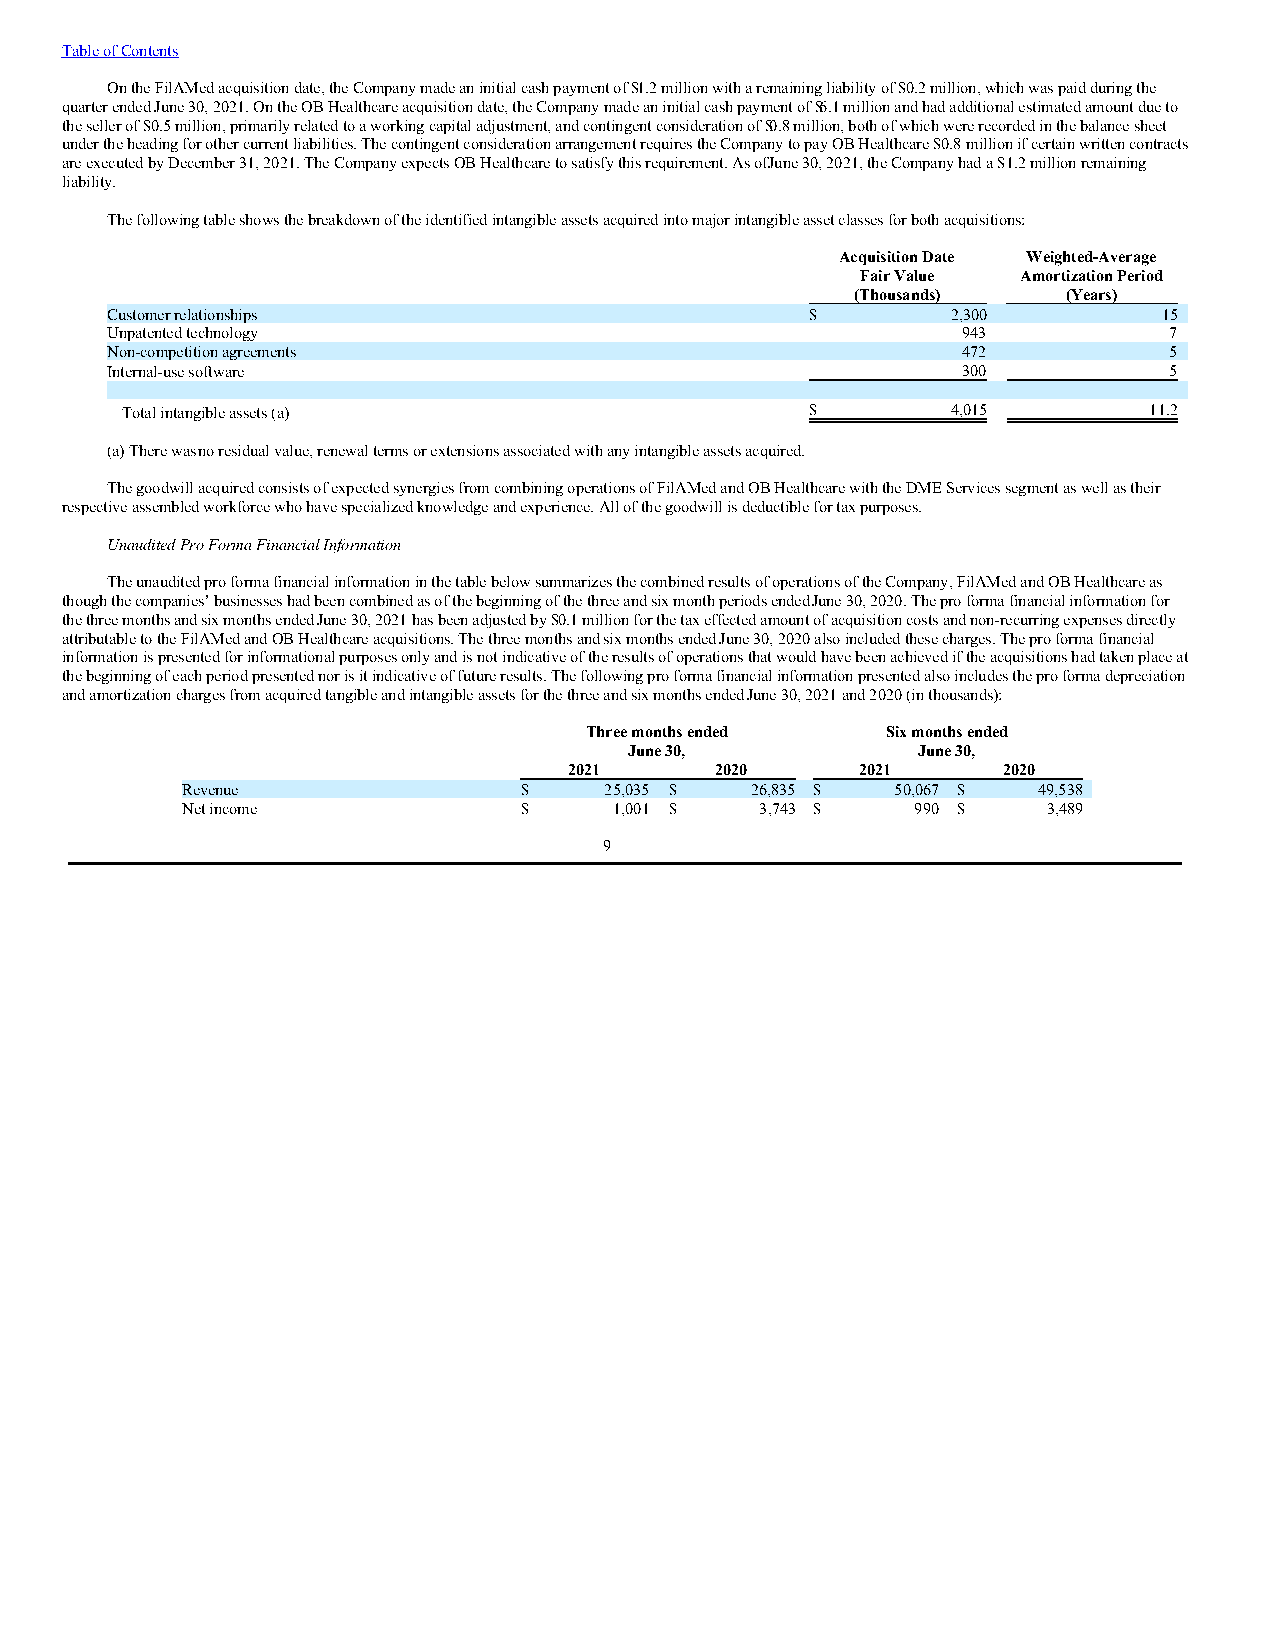
Table of Contents
 On the FilAMed acquisition date, the Company made an initial cash payment of $1.2 million with a remaining liability of $0.2 million, which was paid during the
 quarter ended June 30, 2021. On the OB Healthcare acquisition date, the Company made an initial cash payment of $6.1 million and had additional estimated amount due to
 the seller of $0.5 million, primarily related to a working capital adjustment, and contingent consideration of $0.8 million, both of which were recorded in the balance sheet
 under the heading for other current liabilities. The contingent consideration arrangement requires the Company to pay OB Healthcare $0.8 million if certain written contracts
 are executed by December 31, 2021. The Company expects OB Healthcare to satisfy this requirement. As of June 30, 2021, the Company had a $1.2 million remaining
 liability.
 The following table shows the breakdown of the identified intangible assets acquired into major intangible asset classes for both acquisitions:
 Acquisition Date Weighted-Average
 Fair Value Amortization Period
 (Thousands)   (Years)
 Customer relationships                         $        2,300         15
 Unpatented technology                                    943          7
 Non-competition agreements                               472          5
 Internal-use software                                    300          5
 Total intangible assets (a)                   $        4,015        11.2
 (a) There was no residual value, renewal terms or extensions associated with any intangible assets acquired.
 The goodwill acquired consists of expected synergies from combining operations of FilAMed and OB Healthcare with the DME Services segment as well as their
 respective assembled workforce who have specialized knowledge and experience. All of the goodwill is deductible for tax purposes.
 Unaudited Pro Forma Financial Information
 The unaudited pro forma financial information in the table below summarizes the combined results of operations of the Company, FilAMed and OB Healthcare as
 though the companies’ businesses had been combined as of the beginning of the three and six month periods ended June 30, 2020. The pro forma financial information for
 the three months and six months ended June 30, 2021 has been adjusted by $0.1 million for the tax effected amount of acquisition costs and non-recurring expenses directly
 attributable to the FilAMed and OB Healthcare acquisitions. The three months and six months ended June 30, 2020 also included these charges. The pro forma financial
 information is presented for informational purposes only and is not indicative of the results of operations that would have been achieved if the acquisitions had taken place at
 the beginning of each period presented nor is it indicative of future results. The following pro forma financial information presented also includes the pro forma depreciation
 and amortization charges from acquired tangible and intangible assets for the three and six months ended June 30, 2021 and 2020 (in thousands):
 Three months ended  Six months ended
 June 30,           June 30,
 2021     2020      2021     2020
 Revenue               $     25,035 $  26,835 $ 50,067 $  49,538
 Net income            $      1,001 $  3,743 $    990 $   3,489
 9